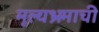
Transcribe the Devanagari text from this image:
मूल्यभ्रमाची